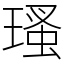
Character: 瑵